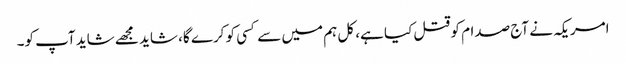
امریکہ نے آج صدام کو قتل کیا ہے، کل ہم میں سے کسی کو کرے گا، شاید مجھے شاید آپ کو۔